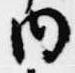
内